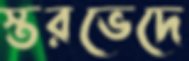
স্তরভেদে